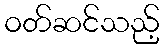
ဝတ်ဆင်သည့်